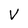
Character: V